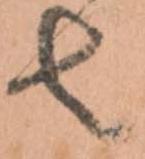
者